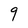
Character: 9